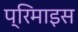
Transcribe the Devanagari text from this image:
प्रिमाइस